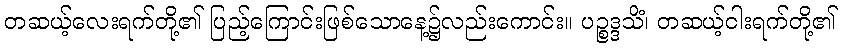
တဆယ့်လေးရက်တို့၏ ပြည့်ကြောင်းဖြစ်သောနေ့၌လည်းကောင်း။ ပဉ္စဒ္ဒသိံ၊ တဆယ့်ငါးရက်တို့၏